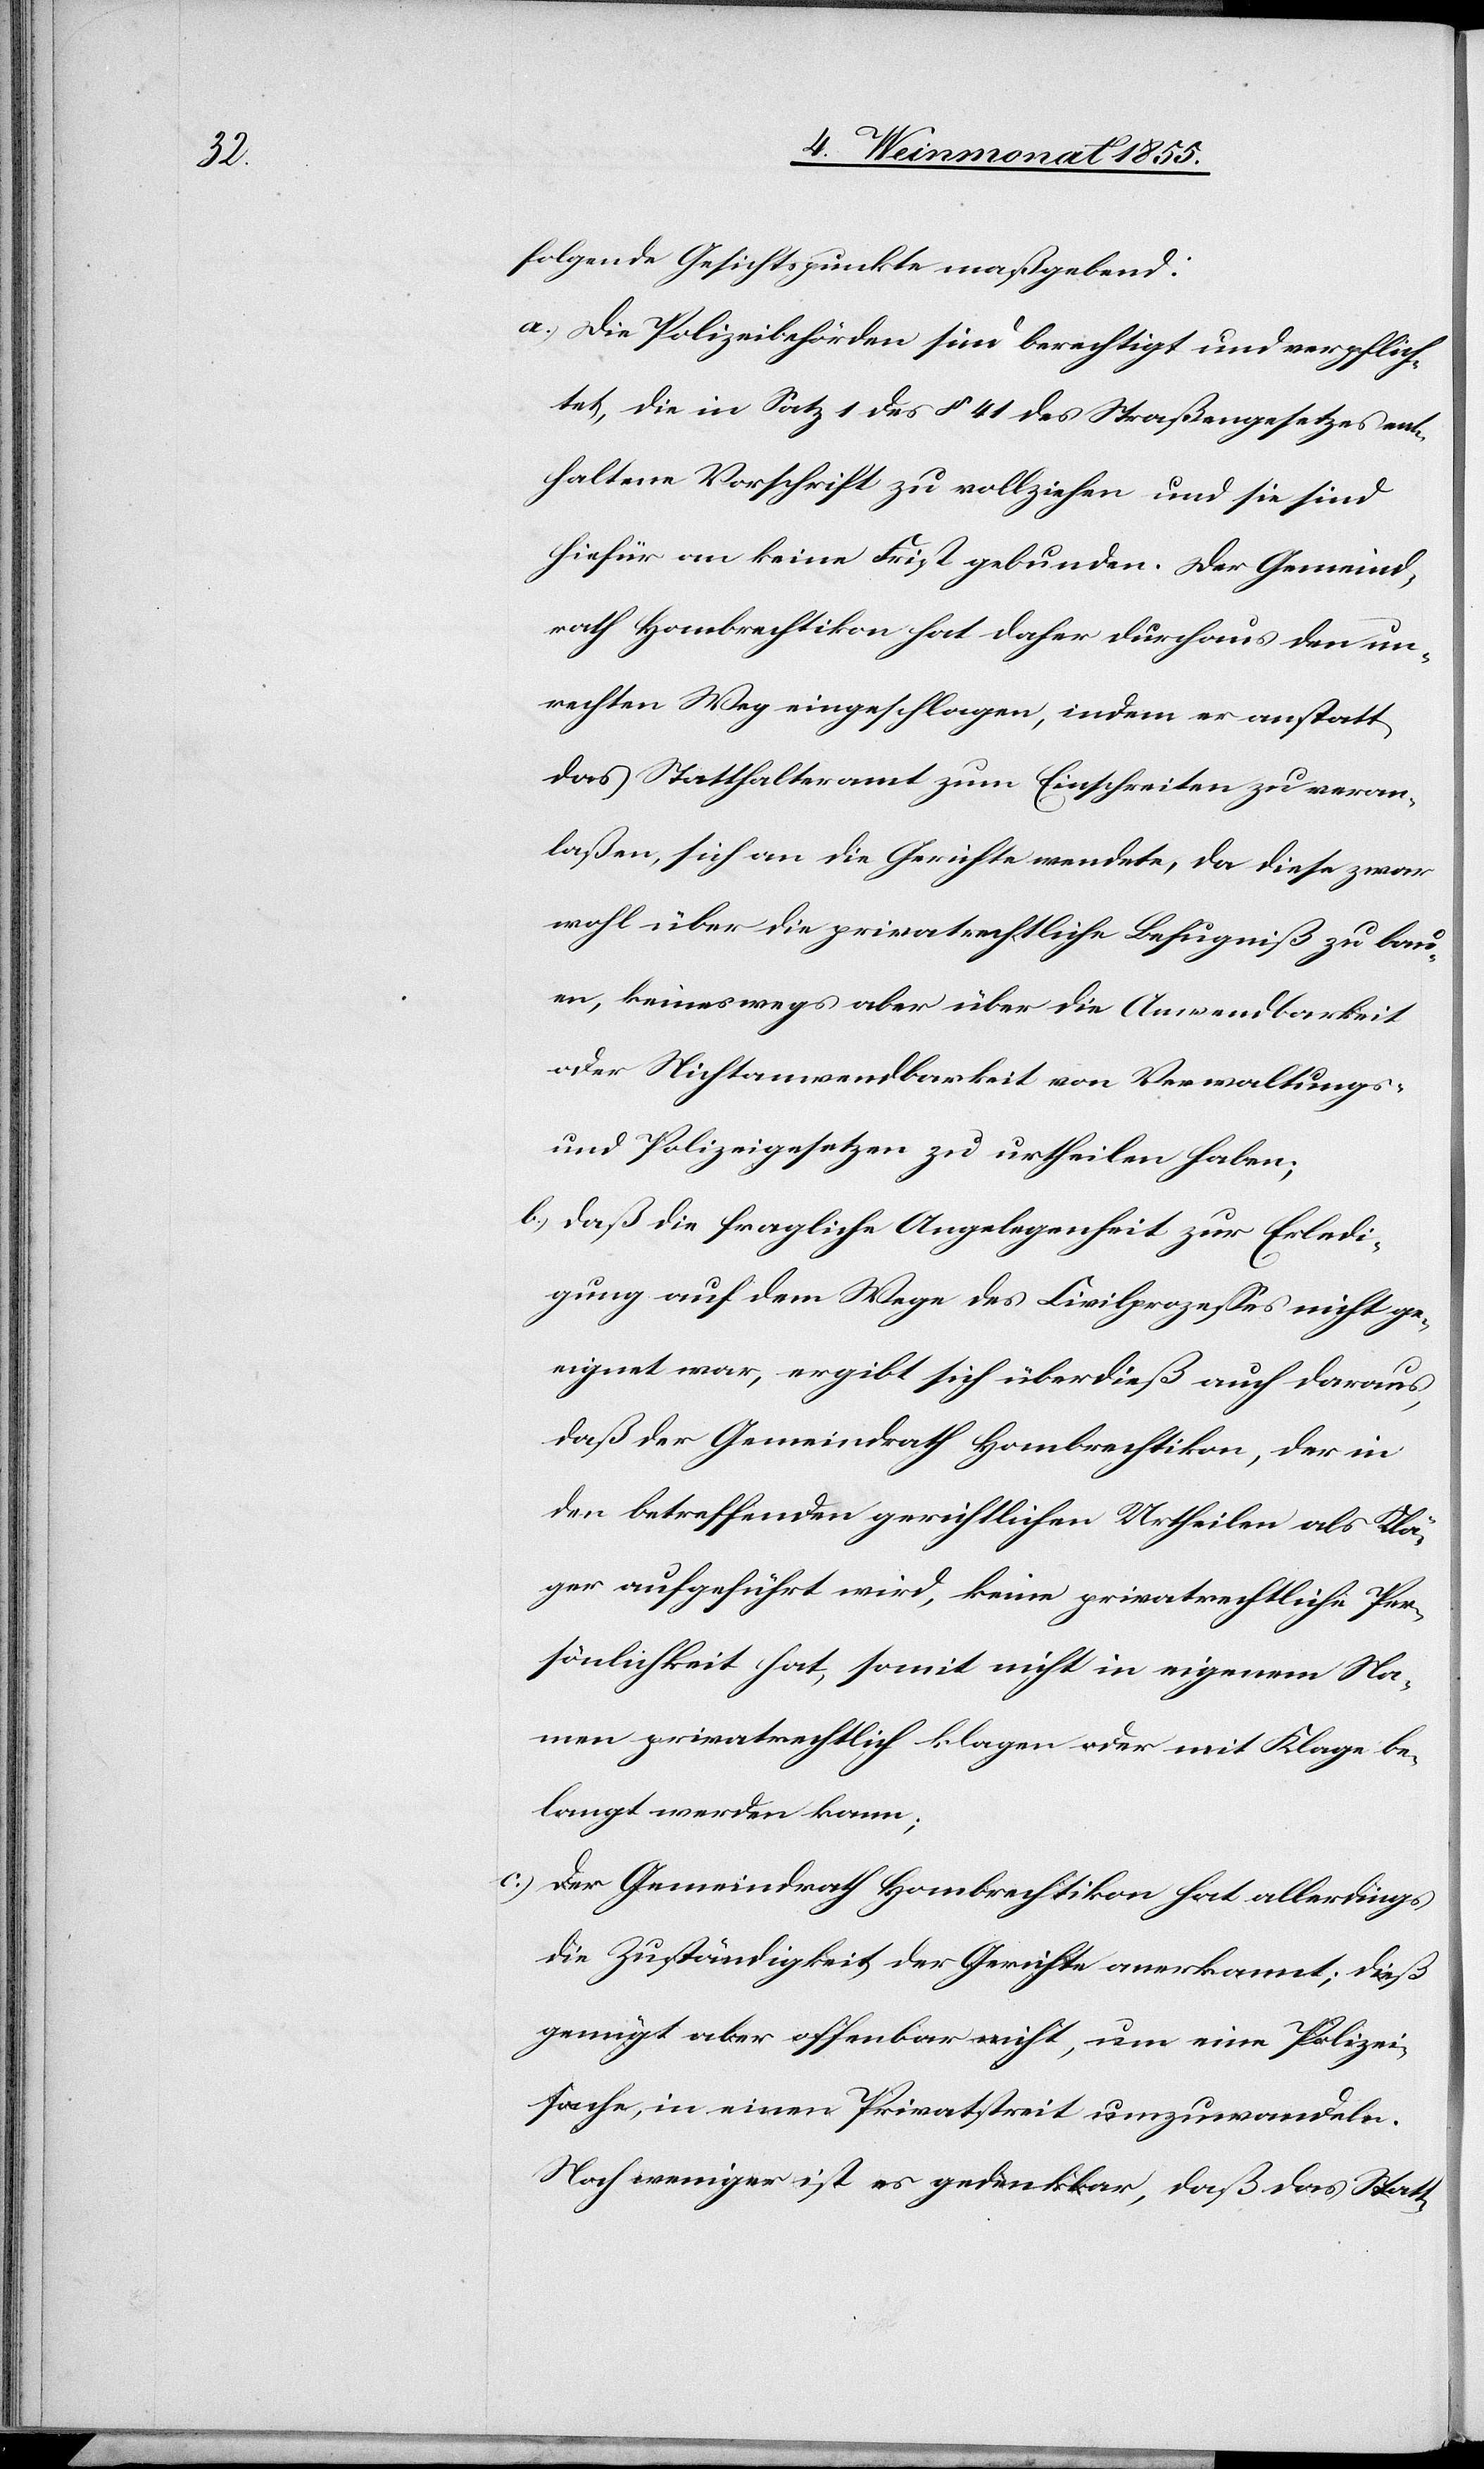
folgende Gesichtspunkte maßgebend:
Die Polizeibehörden sind berechtigt und verpflich¬
tet, die in Satz 1 des § 41 des Straßengesetzes ent¬
haltene Vorschrift zu vollziehen und sie sind
hiefür an keine Frist gebunden. Der Gemeind¬
rath Hombrechtikon hat daher durchaus den un¬
rechten Weg eingeschlagen, indem er anstatt
das Statthalteramt zum Einschreiten zu veran¬
laßen, sich an die Gerichte wendete, da diese zwar
wohl über die privatrechtliche Befugniß zu bau¬
en, keineswegs aber über die Anwendbarkeit
oder Nichtanwendbarkeit von Verwaltungs-
und Polizeigesetzen zu urtheilen haben;
daß die fragliche Angelegenheit zur Erledi¬
gung auf dem Wege des Civilprozesses nicht ge¬
eignet war, ergibt sich überdieß auch daraus,
daß der Gemeindrath Hombrechtikon, der in
den betreffenden gerichtlichen Urtheilen als Klä¬
ger aufgeführt wird, keine privatrechtliche Per¬
sönlichkeit hat, somit nicht in eigenem Na¬
men privatrechtlich klagen oder mit Klage be¬
langt werden kann;
der Gemeindrath Hombrechtikon hat allerdings
die Zuständigkeit der Gerichte anerkannt; dieß
genügt aber offenbar nicht, um eine Polizei¬
sache, in einen Privatstreit umzuwandeln.
Noch weniger ist es gedenkbar, daß das Statt-